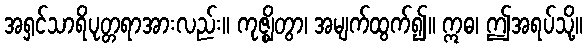
အရှင်သာရိပုတ္တရာအားလည်း။ ကုဇ္ဈိတွာ၊ အမျက်ထွက်၍။ ဣဓ၊ ဤအရပ်သို့။